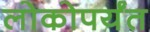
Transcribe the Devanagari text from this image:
लोकोपर्यंत